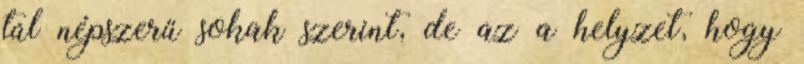
túl népszerű sokak szerint, de az a helyzet, hogy